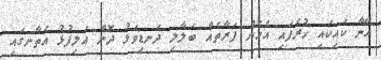
އޭނާ ކައިކައި ހުރެފައި އެހެން ފަރާތެއް ބަލާލި ދަނޑިވަޅު ދޮން އަލިފުޅު އެތާނގައި